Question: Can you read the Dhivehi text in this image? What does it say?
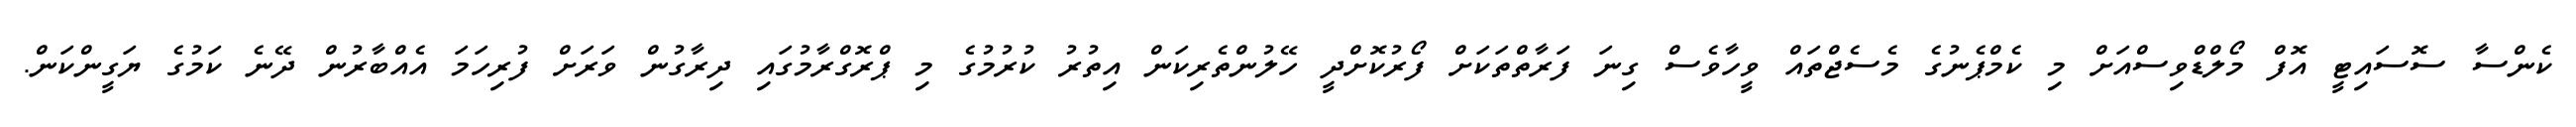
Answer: ކެންސާ ސޮސައިޓީ އޮފް މޯލްޑްވިސްއަށް މި ކެމްޕެނުގެ މެސެޖްތައް ވީހާވެސް ގިނަ ފަރާތްތަކަށް ފޯރުކޮށްދީ ހޭލުންތެރިކަން އިތުރު ކުރުމުގެ މި ޕްރޮގްރާމުގައި ދިރާގުން ވަރަށް ފުރިހަމަ އެއްބާރުން ދޭނެ ކަމުގެ ޔަގީންކަން.